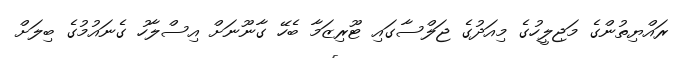
ރައްޔިތުންގެ މަޖިލީހުގެ މިއަދުގެ ޖަލްސާގައި ޓޫރިޒަމާ ބެހޭ ގާނޫނަށް އިސްލާހު ގެނައުމުގެ ބިލަށް